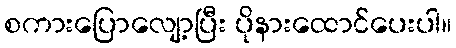
စကားပြောလျော့ပြီး ပိုနားထောင်ပေးပါ။